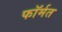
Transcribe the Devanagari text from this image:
फॉर्मत